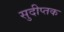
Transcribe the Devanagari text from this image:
सुदीप्तक